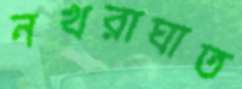
নখরাঘাত